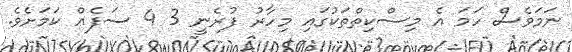
ނަމަވެސް ހަމަ އެ މިސްކިތްތަކުގައި މިހާރު ފުރެނީ 3 4 ސަފެއް ކަމަށެވެ.